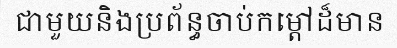
ជាមួយនិងប្រព័ន្ធចាប់កម្តៅដ៏មាន